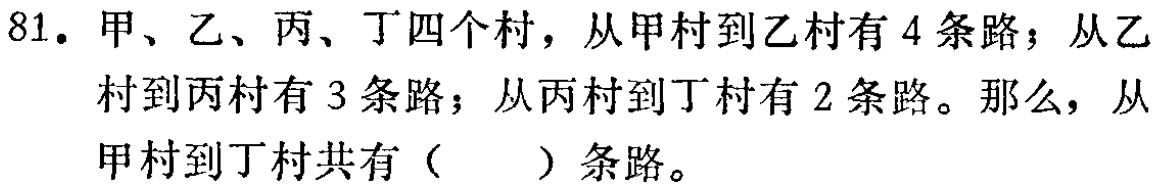
81. 甲、乙、丙、丁四个村，从甲村到乙村有 4 条路；从乙村到丙村有 3 条路；从丙村到丁村有 2 条路。那么，从甲村到丁村共有（  ）条路。